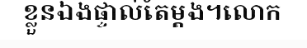
ខ្លួនឯងផ្ទាល់តែម្តង។លោក